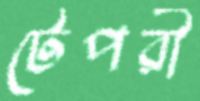
টেপরী